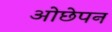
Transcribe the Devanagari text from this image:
ओछेपन